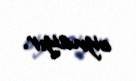
oynayır.